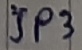
Text: JP3